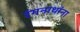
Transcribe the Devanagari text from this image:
रंगनाथांना